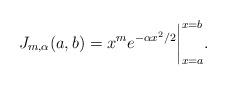
LaTeX: \begin{align*} J_{m, \alpha}(a, b) = x^me^{-\alpha x^2/2}\bigg|_{x = a}^{x = b}.\end{align*}